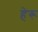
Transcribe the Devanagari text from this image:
हेरू